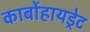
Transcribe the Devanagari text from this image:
कार्बोहायड्रेट